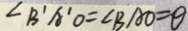
\angle B ^ { \prime } A ^ { \prime } O = \angle B A O = \theta